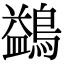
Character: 鷁